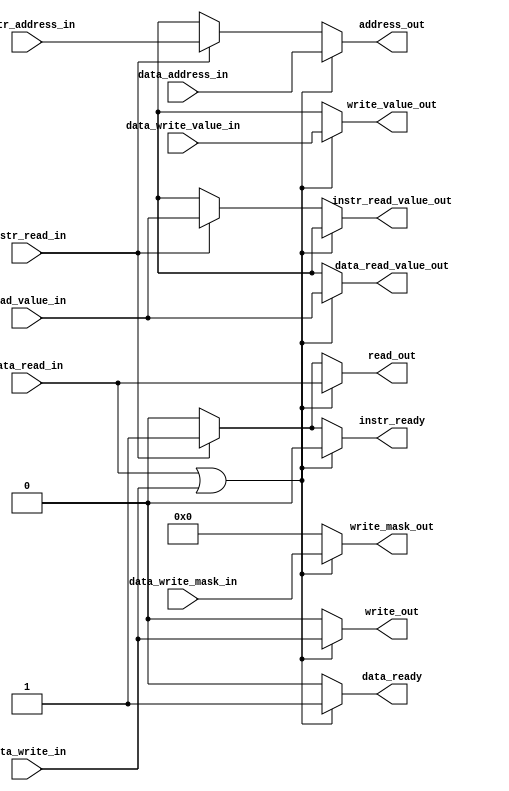
// This program was cloned from: https://github.com/AleksandarKostovic/Riscy-SoC
// License: MIT License

`ifndef BUS_ARBITER
`define BUS_ARBITER

module bus_arbiter (
    input [63:0] instr_address_in,
    input instr_read_in,
    output reg [63:0] instr_read_value_out,
    output reg instr_ready,
    input [63:0] data_address_in,
    input data_read_in,
    input data_write_in,
    output reg [63:0] data_read_value_out,
    input [7:0] data_write_mask_in,
    input [63:0] data_write_value_in,
    output reg data_ready,
    output reg [63:0] address_out,
    output reg read_out,
    output reg write_out,
    input [63:0] read_value_in,
    output reg [7:0] write_mask_out,
    output reg [63:0] write_value_out
);
    always @* begin
        if (data_read_in || data_write_in) begin
            address_out = data_address_in;
            read_out = data_read_in;
            write_out = data_write_in;
            instr_read_value_out = 64'bx;
            data_read_value_out = read_value_in;
            write_mask_out = data_write_mask_in;
            write_value_out = data_write_value_in;
            instr_ready = 1'b0;
            data_ready = 1'b1;
        end else if (instr_read_in) begin
            address_out = instr_address_in;
            read_out = instr_read_in;
            write_out = 1'b0;
            instr_read_value_out = read_value_in;
            data_read_value_out = 64'bx;
            write_mask_out = 8'b0;
            write_value_out = 64'bx;
            instr_ready = 1'b1;
            data_ready = 1'b0;
        end else begin
            address_out = 64'bx;
            read_out = 1'b0;
            write_out = 1'b0;
            instr_read_value_out = 64'bx;
            data_read_value_out = 64'bx;
            write_mask_out = 8'b0;
            write_value_out = 64'bx;
            instr_ready = 1'b0;
            data_ready = 1'b0;
        end
    end
endmodule

`endif